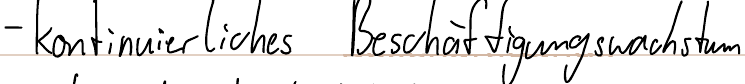
- kontinuierliches Beschäftigungswachstum